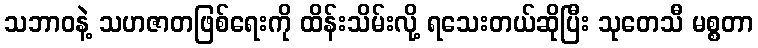
သဘာဝနဲ့ သဟဇာတဖြစ်ရေးကို ထိန်းသိမ်းလို့ ရသေးတယ်ဆိုပြီး သုတေသီ မစ္စတာ